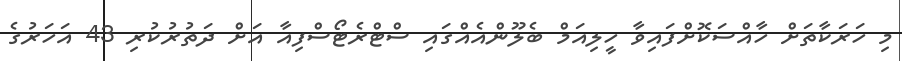
މި ހަރަކާތަށް ހާއްސަކޮށްފައިވާ ހީލިއަމް ބެލޫންއެއްގައި ސްޓްރެޓޯސްފިއާ އަށް ދަތުރުކުރި 43 އަހަރުގެ